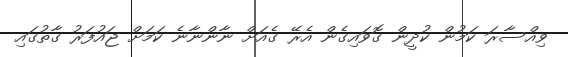
ވިއްސާރަ ކަމުން ކުދީން ގޮވައިގެން އެރޭ ގެއަށް ނާންނާނެ ކަމަށް ޖައުފަރު ގާތުގައި